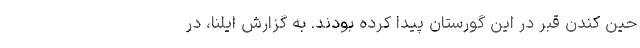
حین کندن قبر در این گورستان پیدا کرده‌ بودند. به گزارش ایلنا، در